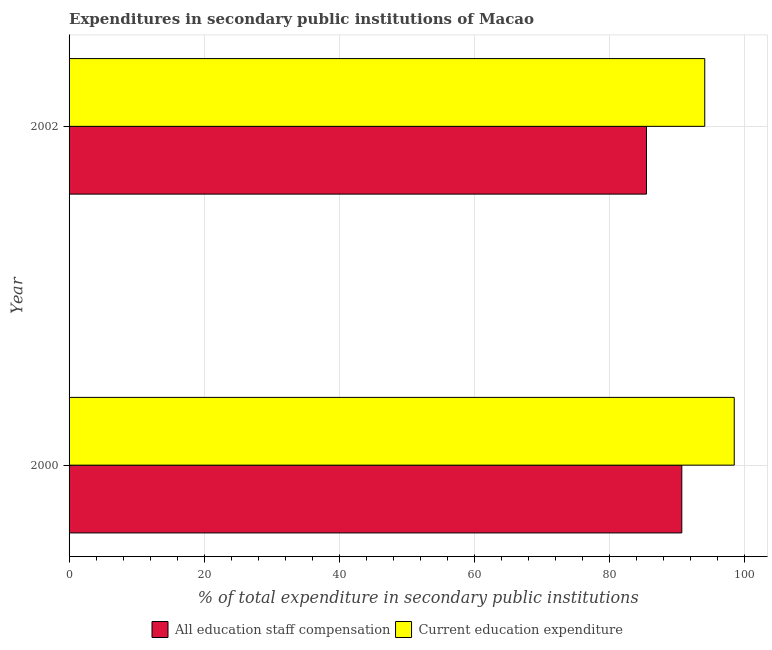
| Year | All education staff compensation | Current education expenditure |
 | --- | --- | --- |
 | 2000 | 90.8 | 98.5 |
 | 2002 | 85.5 | 94.2 |